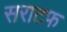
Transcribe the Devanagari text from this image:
सराटफ